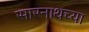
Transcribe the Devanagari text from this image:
सारनाथच्या